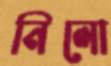
নিলো